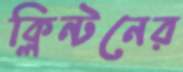
ক্লিন্টনের